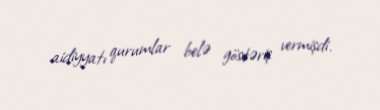
aidiyyatı qurumlar belə göstəriş vermişdi.